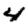
Digit: 4